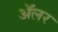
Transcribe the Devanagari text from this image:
ॲलर